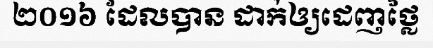
២០១៦ ដែលបាន ដាក់ឲ្យដេញថ្លៃ